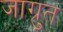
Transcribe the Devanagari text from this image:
जाग्रुत